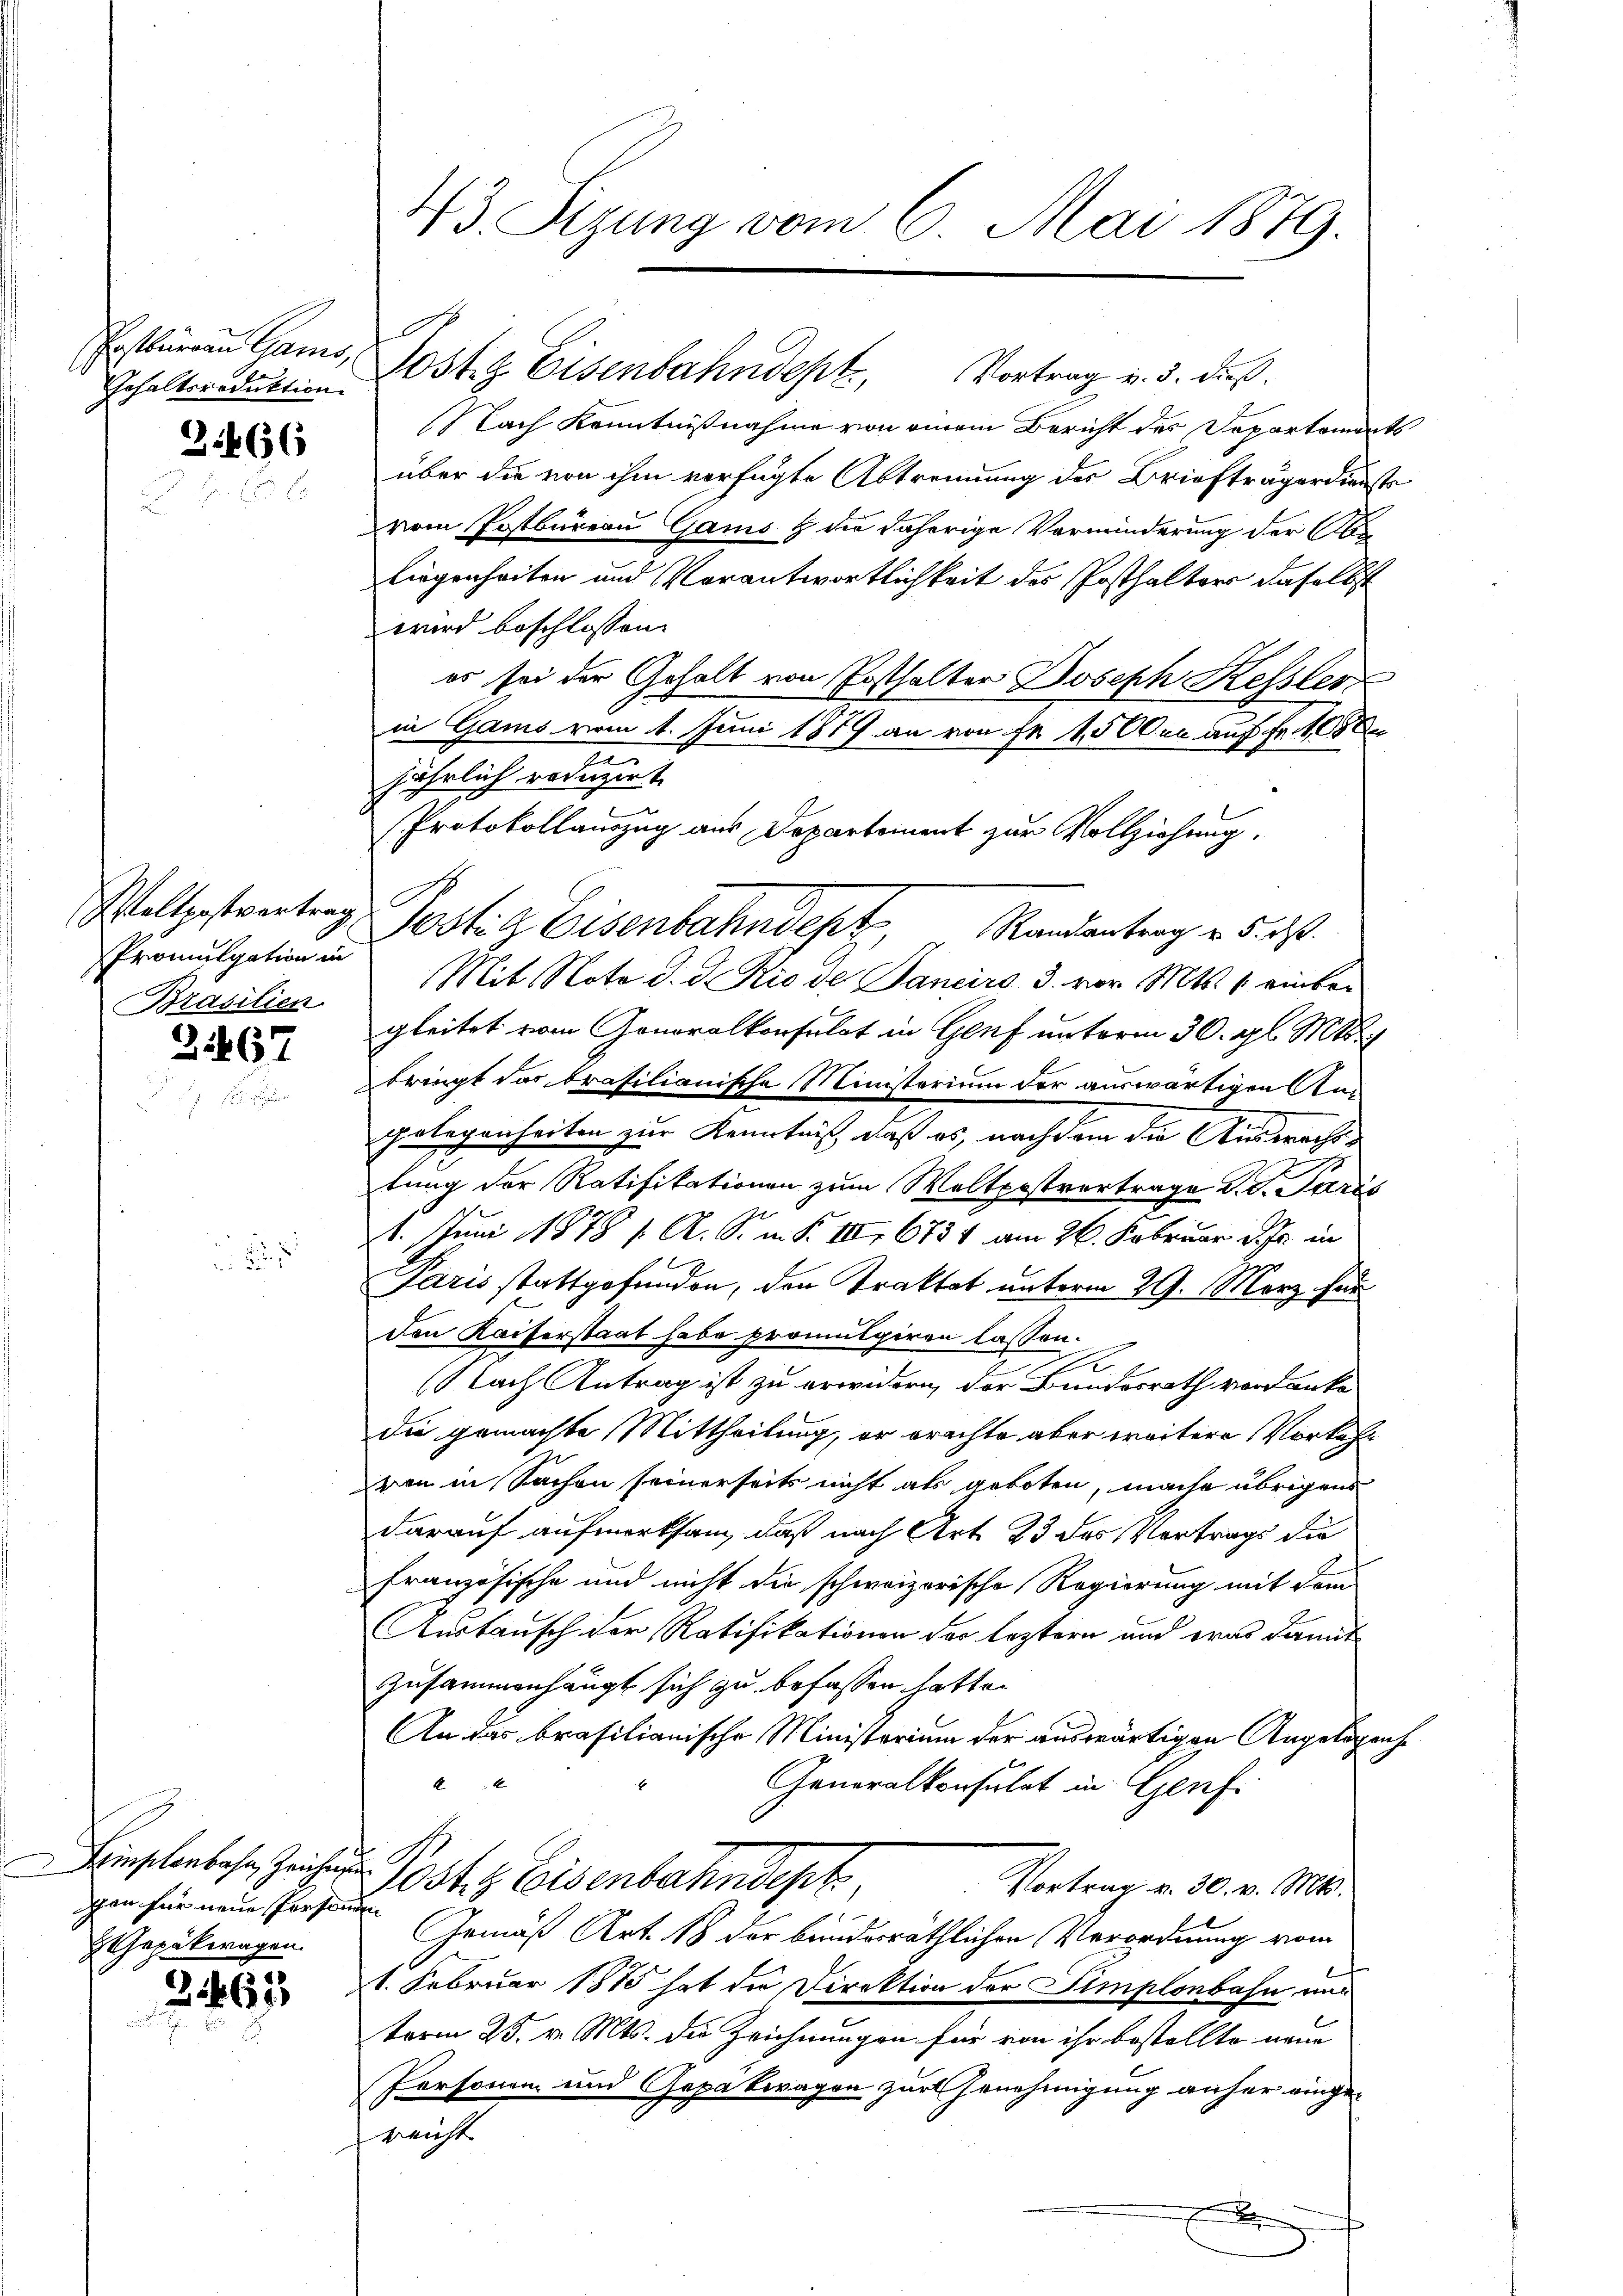
Gehaltsroduktion.

3.466

Promulgation in
Brasilien.

31467

Femptenbahn, Zeichnun
gan für neue Personen
Gepükwagen.

2163

Ersburen Gams, Jost z. Eisenbahndept, Vortrag v. 3. das
Nach Kenntnißnahme von einem Bericht des Departements
über die von ihm verfügte Abtrennung des Briefträgerdienste
vom Postbureau Gams & die daherige Verminderung der Abliegenheiten und Verantwortlichkeit des Posthalters daselbst
wird beschlossen:
es sei der Gehalt von Posthalter Joseph Kessler
in Gams vom 1. Juni 1879 an von Fr. 1500 en auf Fr. 108
2
jährlich reinzirt.
Protokollauszug aus Departement zur Vollziehung,
Weltgestrentrag Postiz Eisenbahndept, Randantrag v. 5. ds.
Mit Note d. d. Rio de Janeiro 3. vor. Mts. 1. einbar
gleitet vom Honoralkonsulat in Genf unterm 30. gl. M
bringt das brasilianische Ministerium der auswärtigen Am
Gelegenheiten zur Kenntniß, daß es, nachdem die Auswechstung der Ratifikationen zum Weltpostvertrage d. d. Paris
1. Juni 1878 1. A. S. m. S. III 6754 am 26. Februar d. Js. in
Paris stattgefunden, den Traktat unterm 29. März für
Den Kaiserstaat habe promulgiren lassen.
e
d
(Nach Antrag ist zu erwidern der Bundesrath verdanke
die gemachte Mittheilung, er brachte aber weitere Vorkehr
von in Sachen seinerseits nicht als geboten, mache übrigens
darauf aufmerksam, daß nach Art. 23 des Vertrags die
Französische und nicht die schweizerische Regierung mit dem
Austausch vor Ratifikationen der leztern und was damit
zusammenhängt sich zu befassen hatte.
An das brasilianische Ministerium der auswärtigen Angelegenhe
A
Generalkonsulat in Genf.
Poste Eisenbahndep
Vortrag v. 30. v. Mts.
Gemäß Art. 18 der bunderäthlichen Verordnung vom
1. Februar 1875 hat die Direktion der Simplonbahn und
term 25. v. Mts. die Zeichnungen für von ihr bestellte neue
Personen und Gepäkwagen zur Genehmigung anher eingereicht.
.

43. Sizung vom 6. Mai 1879.